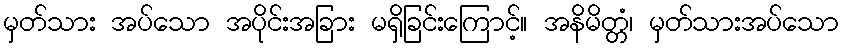
မှတ်သား အပ်သော အပိုင်းအခြား မရှိခြင်းကြောင့်။ အနိမိတ္တံ၊ မှတ်သားအပ်သော